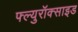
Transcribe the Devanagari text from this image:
फ्ल्युरॉक्साइड